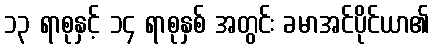
၁၃ ရာစုနှင့် ၁၄ ရာစုနှစ် အတွင်း ခမာအင်ပိုင်ယာ၏